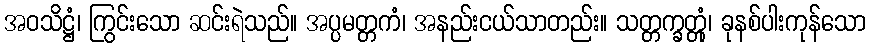
အဝသိဋ္ဌံ၊ ကြွင်းသော ဆင်းရဲသည်။ အပ္ပမတ္တကံ၊ အနည်းငယ်သာတည်း။ သတ္တက္ခတ္တုံ၊ ခုနစ်ပါးကုန်သော